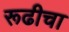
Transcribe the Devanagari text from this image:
रूढीचा